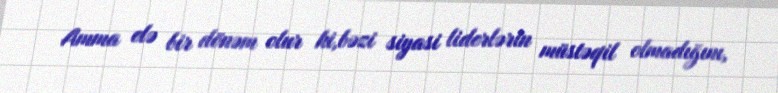
Amma elə bir dönəm olur ki,bəzi siyasi liderlərin müstəqil olmadığını,